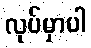
လုပ်မှာပါ